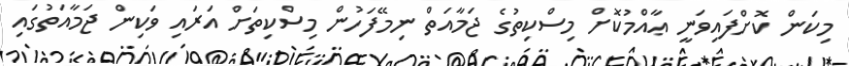
މިކަން ކޮށްފައިވަނީ ޢާއްމުކޮށް މިސްކިތުގެ ޖަމާއަތް ނިމޭފަހުން މިސްކިތަށް އަރައި ވަކިން ޖަމާއަތުގައި